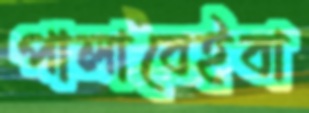
পালাবেইবা